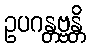
ဥပဂန္တဗ္ဗန္တိ